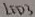
Text: LED3